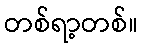
တစ်ရာ့တစ်။